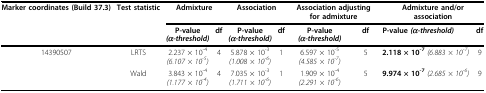
<table><thead><tr><td><b>Marker coordinates (Build 37.3)</b></td><td><b>Test statistic</b></td><td colspan="2"><b>Admixture</b></td><td colspan="2"><b>Association</b></td><td colspan="2"><b>Association adjusting for admixture</b></td><td colspan="2"><b>Admixture and/or association</b></td></tr><tr><td></td><td></td><td><b>P-value<i>(α-threshold)</i></b></td><td><b>df</b></td><td><b>P-value<i>(α-threshold)</i></b></td><td><b>df</b></td><td><b>P-value<i>(α-threshold)</i></b></td><td><b>df</b></td><td><b>P-value <i>(α-threshold)</i></b></td><td><b>df</b></td></tr></thead><tbody><tr><td>14390507</td><td>LRTS</td><td>2.237 × 10<sup>-4</sup><i>(6.107 × 10<sup>-5</sup>)</i></td><td>4</td><td>5.878 × 10<sup>-3</sup><i>(1.008 × 10<sup>-6</sup>)</i></td><td>1</td><td>6.597 × 10<sup>-5</sup><i>(4.585 × 10<sup>-7</sup>)</i></td><td>5</td><td><b>2.118 × 10<sup>-7 </sup></b><i>(6.883 × 10<sup>-7</sup>)</i></td><td>9</td></tr><tr><td></td><td>Wald</td><td>3.843 × 10<sup>-4</sup><i>(1.177 × 10<sup>-4</sup>)</i></td><td>4</td><td>7.035 × 10<sup>-3</sup><i>(1.711 × 10<sup>-6</sup>)</i></td><td>1</td><td>1.909 × 10<sup>-4</sup><i>(2.291 × 10<sup>-6</sup>)</i></td><td>5</td><td><b>9.974 × 10<sup>-7 </sup></b><i>(2.685 × 10<sup>-6</sup>)</i></td><td>9</td></tr></tbody></table>